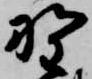
野